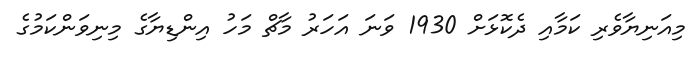
މިއަނިޔާވެރި ކަމާއި ދެކޮޅަށް 1930 ވަނަ އަހަރު މާޗް މަހު އިންޑިޔާގެ މިނިވަންކަމުގެ